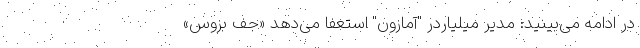
در ادامه می‌بینید: مدیر میلیاردر "آمازون" استعفا می‌دهد «جف بزوس»